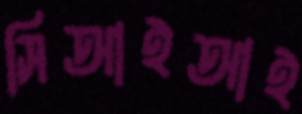
সিআইআই